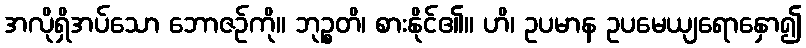
အလိုရှိအပ်သော ဘောဇဉ်ကို။ ဘုဉ္စတိ၊ စားနိုင်၏။ ဟိ၊ ဥပမာန ဥပမေယျရောနှော၍